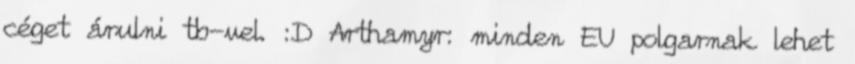
céget árulni tb-vel. :D Arthamyr: minden EU polgarnak lehet